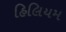
હિલિયમ